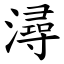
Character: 潯